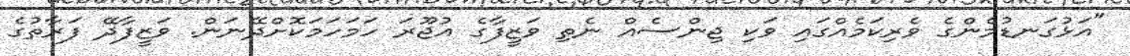
"އަޅުގަނޑުމެންގެ ވެރިކަމެއްގައި ވަކި ޖިންސެއް ނެތި ވަޒީފާގެ އުޖޫރަ ހަމަހަމަކޮށްދޭނަން. ވަޒީފާދޭ ފަރާތުގެ